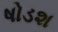
ષોડશ